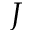
J